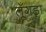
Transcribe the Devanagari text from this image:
तूँगड़ा